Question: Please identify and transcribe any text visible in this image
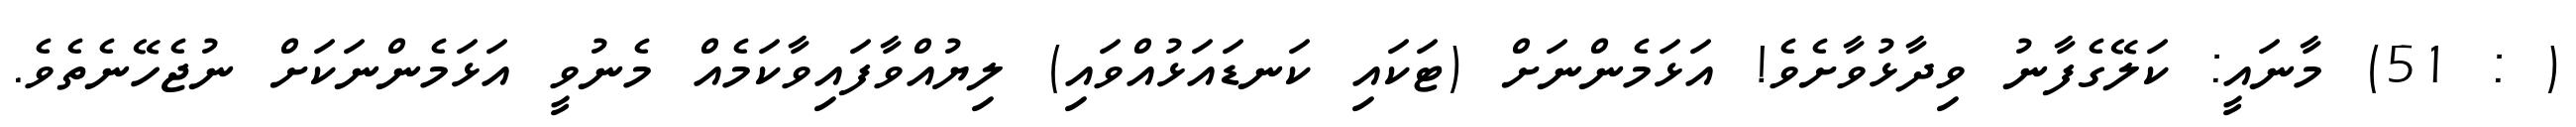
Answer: ( : 51) މާނައީ: ކަލޭގެފާނު ވިދާޅުވާށެވެ! އަޅަމެންނަށް (ޓަކައި ކަނޑައަޅުއްވައި) ލިޔުއްވާފައިވާކަމެއް މެނުވީ އަޅަމެންނަކަށް ނުޖެހޭނެތެވެ.